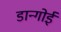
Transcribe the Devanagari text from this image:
डान्गोई